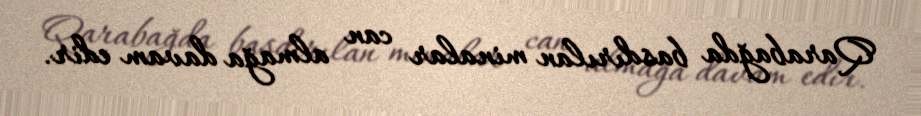
Qarabağda basdırılan minalar can almağa davam edir.